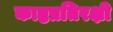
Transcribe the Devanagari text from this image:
काष्ठप्रतिरक्षी